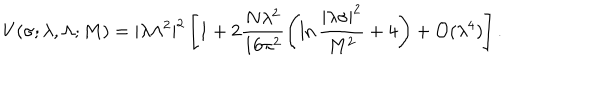
V ( \sigma ; \lambda , \Lambda ; M ) = | \lambda \Lambda ^ { 2 } | ^ { 2 } \left[ 1 + 2 \frac { N \lambda ^ { 2 } } { 1 6 \pi ^ { 2 } } \left( \ln \frac { | \lambda \sigma | ^ { 2 } } { M ^ { 2 } } + 4 \right) + { \cal O } ( \lambda ^ { 4 } ) \right] .